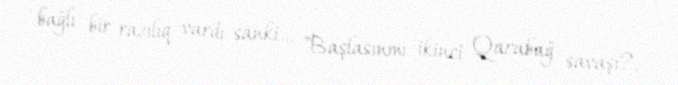
bağlı bir razılıq vardı sanki... "Başlasınmı ikinci Qarabağ savaşı?.